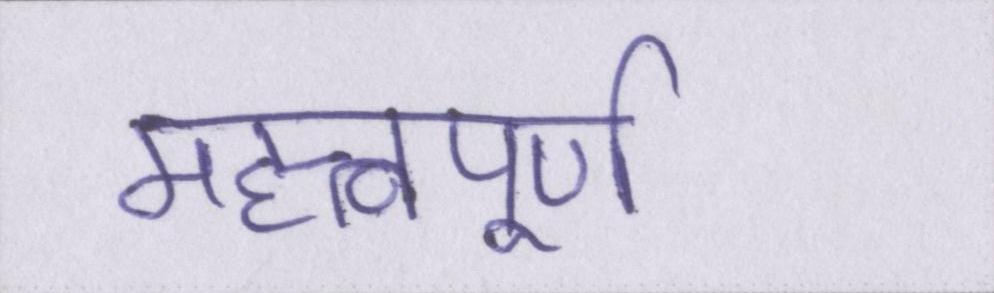
महत्त्वपूर्ण